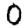
Digit: 0